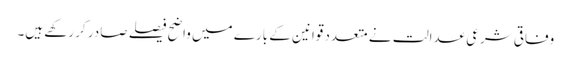
وفاقی شرعی عدالت نے متعدد قوانین کے بارے میں واضح فیصلے صادر کر رکھے ہیں۔